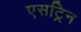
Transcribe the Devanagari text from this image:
एसट्रिन